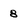
Character: 8